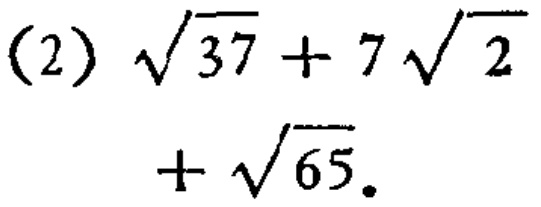
(2) \(\sqrt{37}+7\sqrt{2}+\sqrt{65}\)